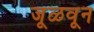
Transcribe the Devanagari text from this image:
जूळवून